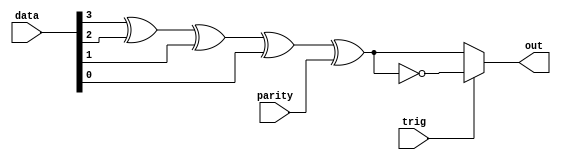
module parity_checker(data, parity, trig, out);
    input [3:0] data;
    input trig;
    input parity;
    //trig == 0 / odd parity
    //trig == 1 / even parity
    output reg out;
    //out == 1 / Parity Error
    //out == 0 / Parity Passed

    always@(trig or data or parity) begin
        if (trig == 1'b0) begin
            out = (data[3] ^ data[2] ^ data[1] ^ data[0] ^ parity);
        end

        else begin
            out  = ~(data[3] ^ data[2] ^ data[1] ^ data[0] ^ parity);
        end

    end
endmodule